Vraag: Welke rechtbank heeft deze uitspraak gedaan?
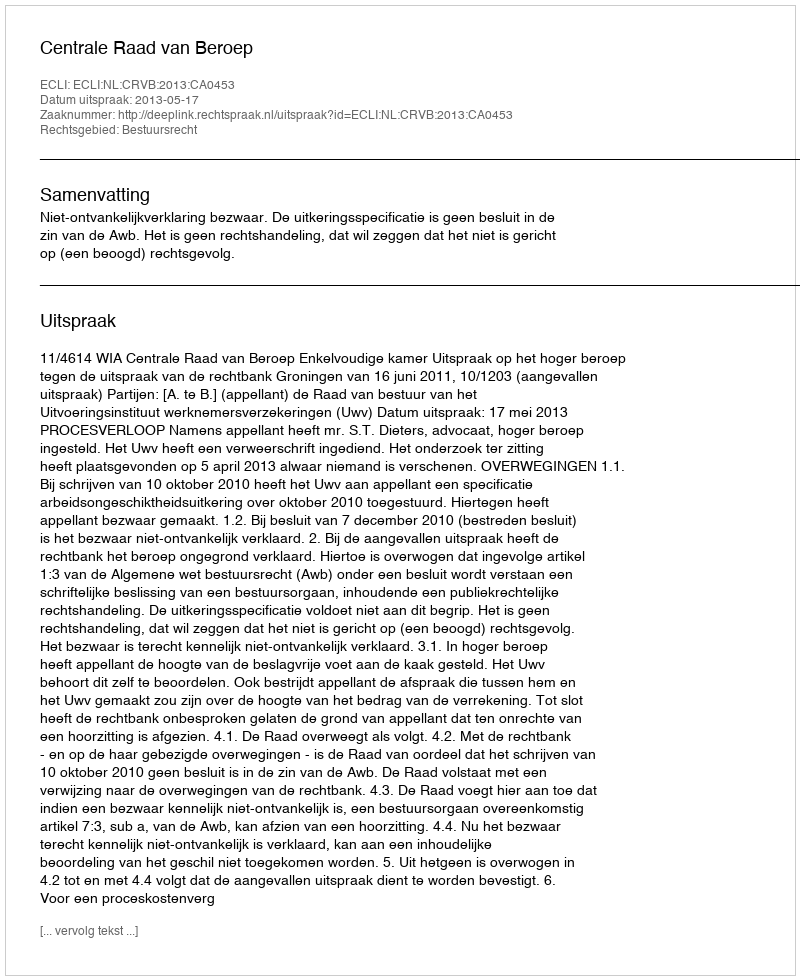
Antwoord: Centrale Raad van Beroep